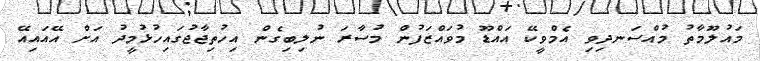
މައުލޫމާތު މުއްސަނދިވި އެމްވީކޭ އައްޑޫ މުވައްޒަފުން މުސާރަ ނުލިބިގެން އިހުތިޖާޖުގައިހުޅުމީދު އަށް އޭއައިއޭ